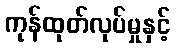
ကုန်ထုတ်လုပ်မှုနှင့်